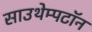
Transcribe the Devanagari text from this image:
साउथेम्पटॉन